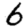
Digit: 6